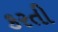
કરતી